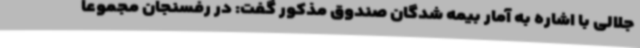
جلالی با اشاره به آمار بیمه شدگان صندوق مذکور گفت: در رفسنجان مجموعا